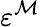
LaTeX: \varepsilon^{\mathcal{M}}